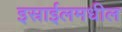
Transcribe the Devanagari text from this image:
इस्राईलमधील